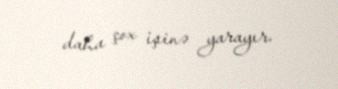
daha çox işinə yarayır.